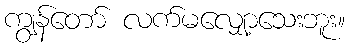
ကျွန်တော် လက်မလျှော့သေးဘူး။